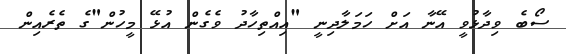
ސޯބެ ވިދާޅުވީ އޭނާ އަށް ހަމަލާދިނީ "އިއްތިހާދު ވެގެން އުޅޭ މީހުން"ގެ ތެރެއިން